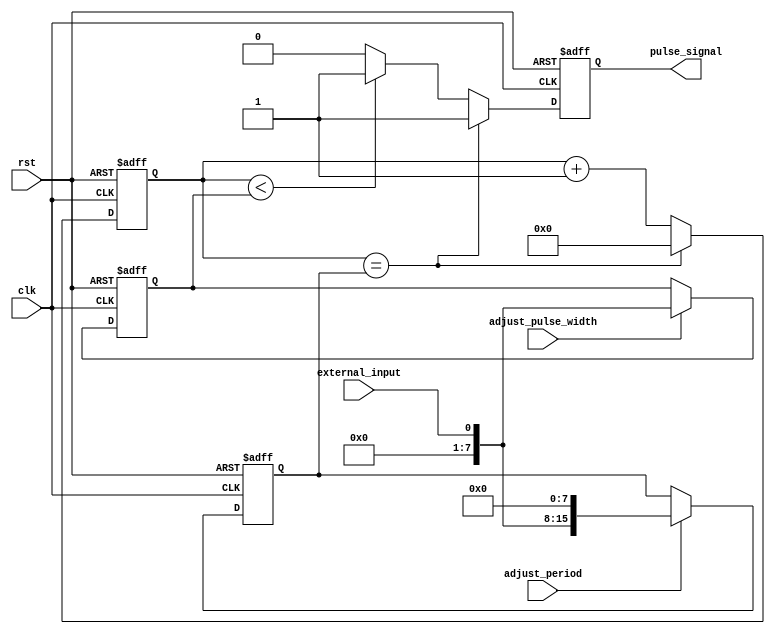
module Asynchronous_Pulse_Generator (
    input wire clk,  // System clock
    input wire rst,  // Reset signal
    input wire adjust_pulse_width,  // Adjust pulse width
    input wire adjust_period,  // Adjust period
    input wire external_input,  // External input signal
    
    output reg pulse_signal  // Generated pulse signal
);

reg [7:0] pulse_width = 8'b1000;  // Default pulse width
reg [15:0] period = 16'b100000000;  // Default period

always @ (posedge clk or posedge rst) begin
    if (rst) begin
        pulse_width <= 8'b1000;  // Reset pulse width
        period <= 16'b100000000;  // Reset period
    end else begin
        if (adjust_pulse_width) begin
            pulse_width <= external_input;  // Adjust pulse width based on external input
        end
        if (adjust_period) begin
            period <= external_input << 8;  // Adjust period based on external input
        end
    end
end

reg [15:0] counter = 16'b0;  // Counter for pulse period

always @ (posedge clk or posedge rst) begin
    if (rst) begin
        counter <= 16'b0;  // Reset counter
        pulse_signal <= 1'b0;  // Reset pulse signal
    end else begin
        if (counter == period) begin
            counter <= 16'b0;  // Reset counter
            pulse_signal <= 1'b1;  // Generate pulse signal
        end else if (counter < pulse_width) begin
            counter <= counter + 1;  // Increment counter
            pulse_signal <= 1'b1;  // Generate pulse signal
        end else begin
            counter <= counter + 1;  // Increment counter
            pulse_signal <= 1'b0;  // Reset pulse signal
        end
    end
end

endmodule